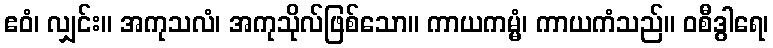
ဧဝံ၊ လျှင်း။ အကုသလံ၊ အကုသိုလ်ဖြစ်သော။ ကာယကမ္မံ၊ ကာယကံသည်။ ဝစီဒွါရေ၊